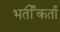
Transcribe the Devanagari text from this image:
भर्तीकर्ता